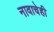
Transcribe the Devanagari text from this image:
नावाचेही